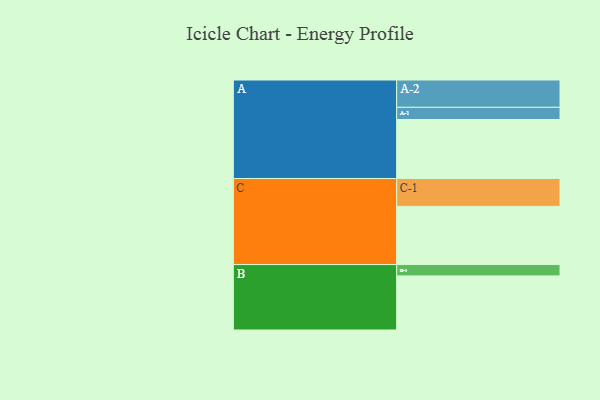
{"axis": {"x": "Segment", "y": "Value"}, "legend": ["", "A", "B", "C"], "data": [{"x": "A", "y": 594, "type": ""}, {"x": "B", "y": 545, "type": ""}, {"x": "C", "y": 586, "type": ""}, {"x": "A-1", "y": 123, "type": "A"}, {"x": "A-2", "y": 275, "type": "A"}, {"x": "B-1", "y": 114, "type": "B"}, {"x": "C-1", "y": 281, "type": "C"}]}